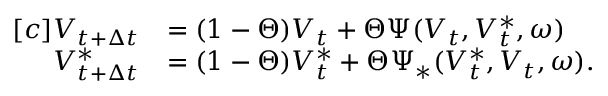
\begin{array} { r } { \begin{array} { r l } { [ c ] V _ { t + \Delta { t } } } & { = ( 1 - \Theta ) V _ { t } + \Theta \Psi ( V _ { t } , V _ { t } ^ { \ast } , \omega ) } \\ { V _ { t + \Delta { t } } ^ { \ast } } & { = ( 1 - \Theta ) V _ { t } ^ { \ast } + \Theta \Psi _ { \ast } ( V _ { t } ^ { \ast } , V _ { t } , \omega ) . } \end{array} } \end{array}